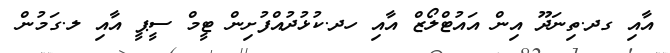
އާއި ގދ.ތިނަދޫ އިން އައުޓްލޯޒް އާއި ހދ.ކުޅުދުއްފުށިން ޓީމް ސީޕީ އާއި ލ.ގަމުން